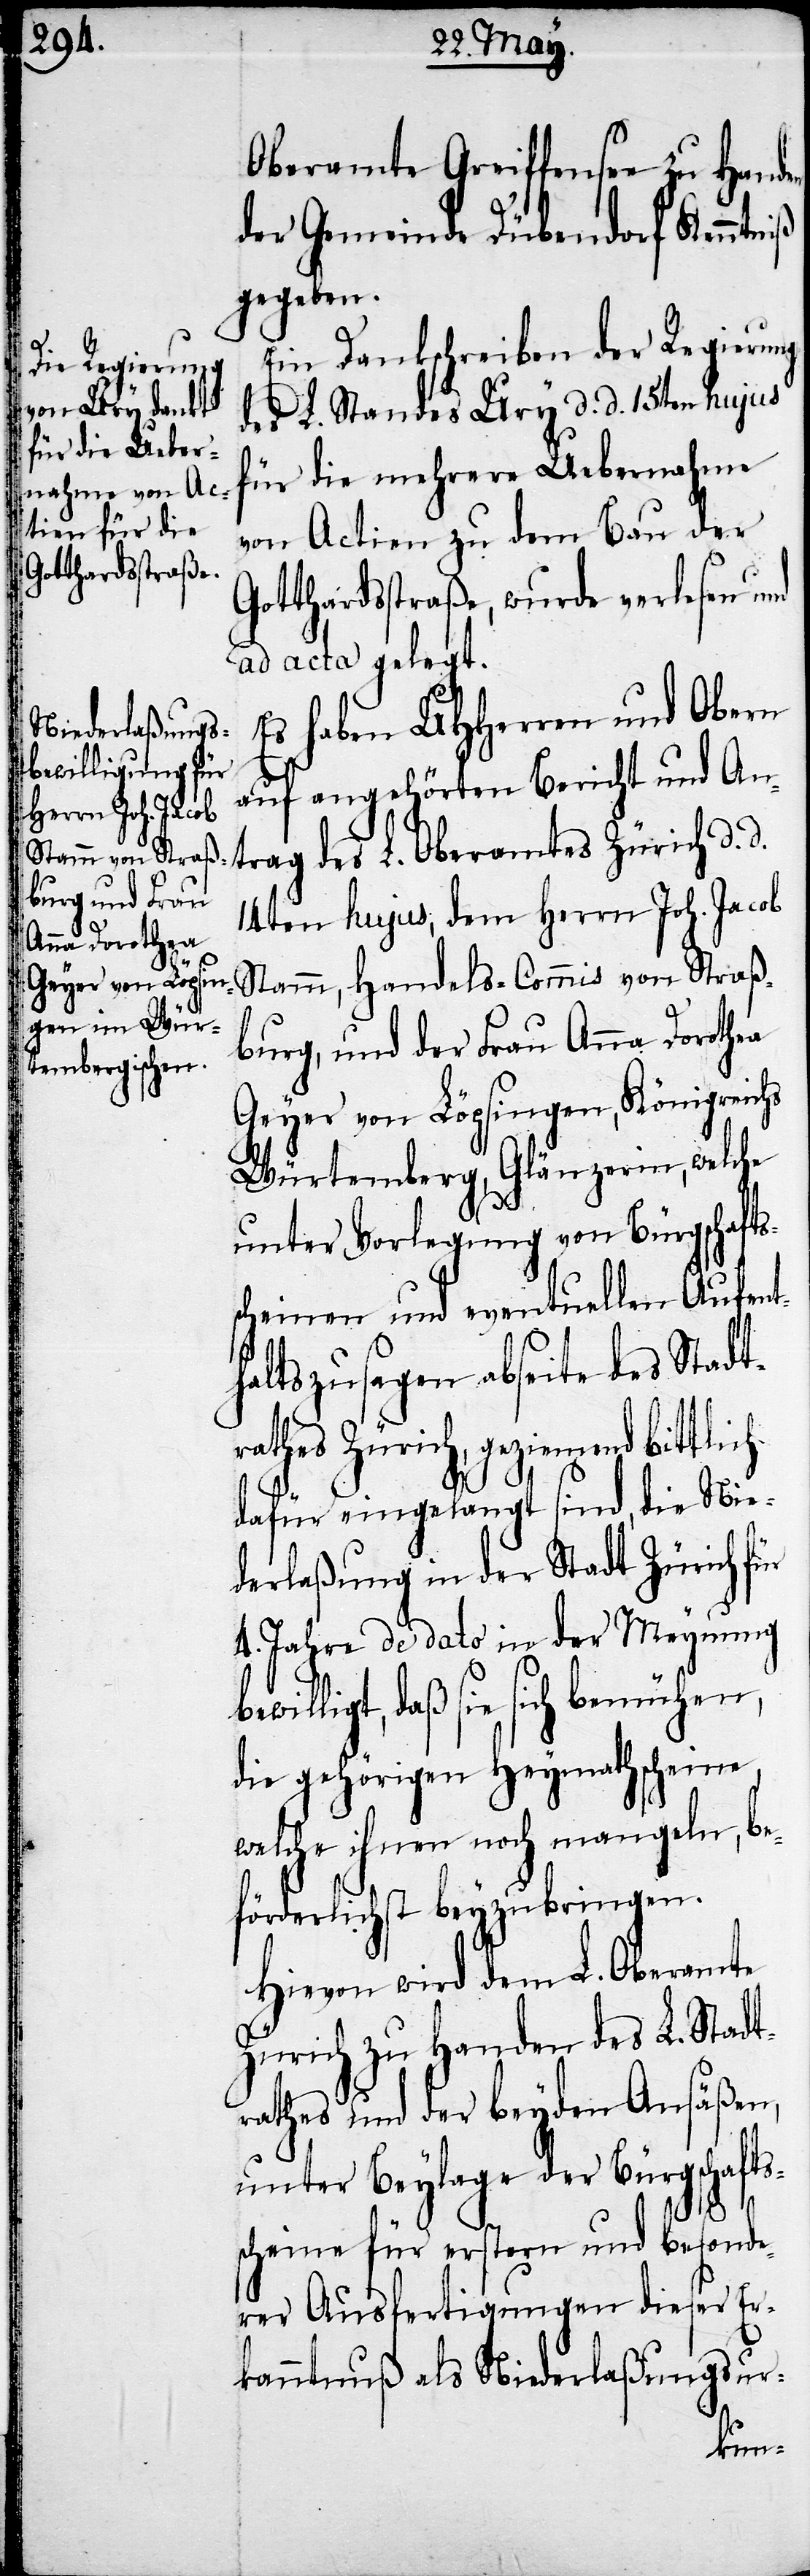
Oberamte Greiffensee zu Handen
der Gemeinde Dübendorf Kenntniß
gegeben.
Ein Dankschreiben der Regierung
des L. Standes Ury d. d. 15ten hujus
für die mehrere Uebernahme
von Actien zu dem Bau der
Gotthardsstraße, wurde verlesen und
ac acta gelegt.
Es haben UHHerren und Obern
auf angehörten Bericht und A¬
ntrag des L. Oberamtes Zürich d. d.
14ten hujus, dem Herrn Joh. Jacob
Stamm, Handels-Commis von Straß¬
burg, und der Frau Anna Dorothea
Geyer von Löpsingen, Königreic¬
Würtemberg, Glänzerin, welche
unter Vorlegung von Bürgschafts¬
scheinen und eventuellen Aufent¬
haltszusagen abseite des Stadt¬
rathes Zürich, geziemend bittlich
dafür eingelangt sind, die Nie¬
derlaßung in der Stadt Zürich für
4. Jahre de dato in der Meynung
illigt, daß sie sich bemühen,
die gehörigen Heymathscheine,
welche ihnen noch mangeln, be¬
förderlichst beyzubringen.
Hievon wird dem L. Oberamte
Zürich zu Handen des L. Stadt¬
rathes und der beyden Ansäßen,
unter Beylage der Bürgschafts¬
bew¬
scheine für erstern und besonde¬
rer Ausfertigungen dieser Er¬
kanntnuß als Niederlaßungsur-